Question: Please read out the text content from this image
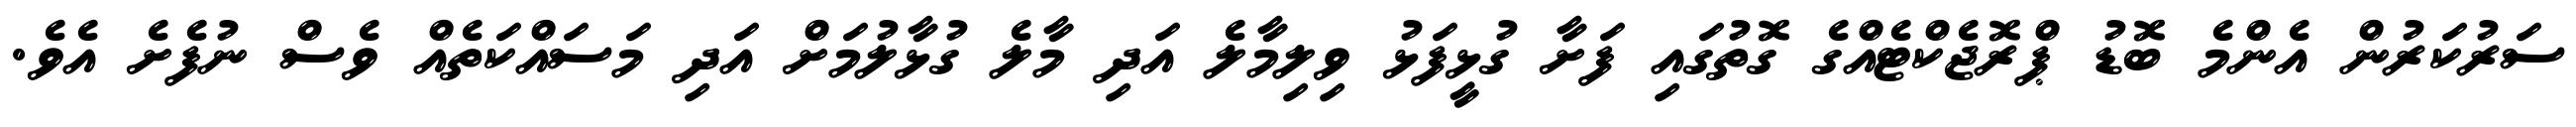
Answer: ސަރުކަރުން އެންމެ ބޮޑު ޕްރޮޖެކްޓެއްގެ ގޮތުގައި ފަށާ ގުޅީފަޅު ވިލިމާލެ އަދި މާލެ ގުޅާލުމަށް އަދި މަސައްކަތެއް ވެސް ނުފެށެ އެވެ.